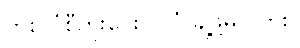
တစ် ပုံစီကူးပေးပါ၊ ပုံ ချဲ့ဖို့မလိုဘူး။